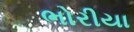
ભોરીયા